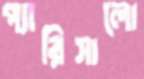
প্যারিসালো